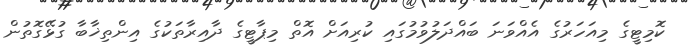
ކޮމިޓީގެ މިއަހަރުގެ އެއްވަނަ ބައްދަލުވުމުގައި ކުރިއަށް އޮތް މިޕާޓީގެ ދާއިރާތަކުގެ އިންތިޚާބާ ގުޅޭގޮތުން